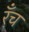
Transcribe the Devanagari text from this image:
रँच